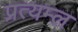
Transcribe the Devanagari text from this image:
प्रत्यम्ल